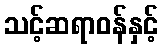
သင့်ဆရာဝန်နှင့်